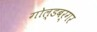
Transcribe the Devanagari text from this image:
गोल्डबर्गर